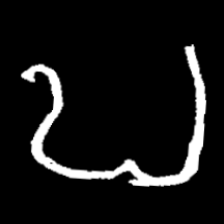
Pyu character \u2014 Myanmar letter: ဎ (romanized: ddha)